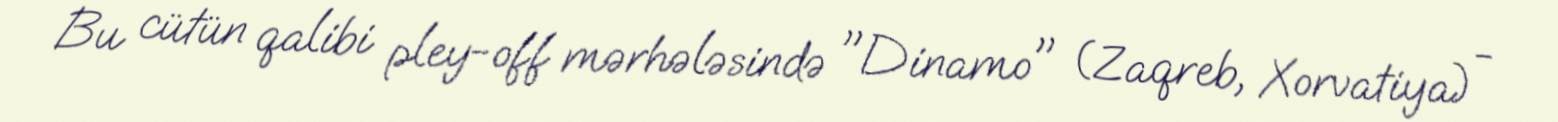
Bu cütün qalibi pley-off mərhələsində "Dinamo" (Zaqreb, Xorvatiya) -